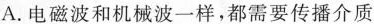
A.电磁波和机械波一样，都需要传播介质